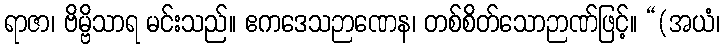
ရာဇာ၊ ဗိမ္ဗိသာရ မင်းသည်။ ဧကဒေသဉာဏေန၊ တစ်စိတ်သောဉာဏ်ဖြင့်။ “(အယံ၊